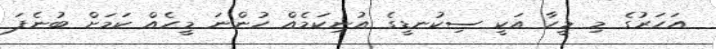
އަހަރުގެ މި މީހާ އަކީ ސިކުނޑީގެ އުނިކަމެއް ހުންނަ މީހެއް ކަމަށް ބުނެފަ